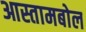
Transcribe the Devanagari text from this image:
आस्तामबोल